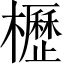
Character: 櫪